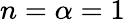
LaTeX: n=\alpha=1